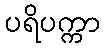
ပရိပက္ကာ